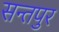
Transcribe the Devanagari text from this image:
सन्तपुर